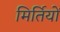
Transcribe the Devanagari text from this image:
मिर्तियों